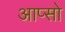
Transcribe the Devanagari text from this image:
आप्सो